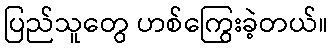
ပြည်သူတွေ ဟစ်ကြွေးခဲ့တယ်။